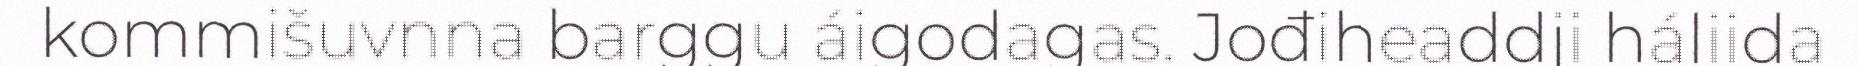
kommišuvnna barggu áigodagas. Jođiheaddji háliida